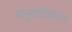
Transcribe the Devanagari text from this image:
भानुकोटिप्रकाशम्